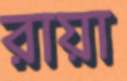
রায়া